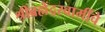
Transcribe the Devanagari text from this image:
श्रीब्रह्मेंद्रस्वामींचे